Regulations for the medical services of the Army of India
Year: 1930
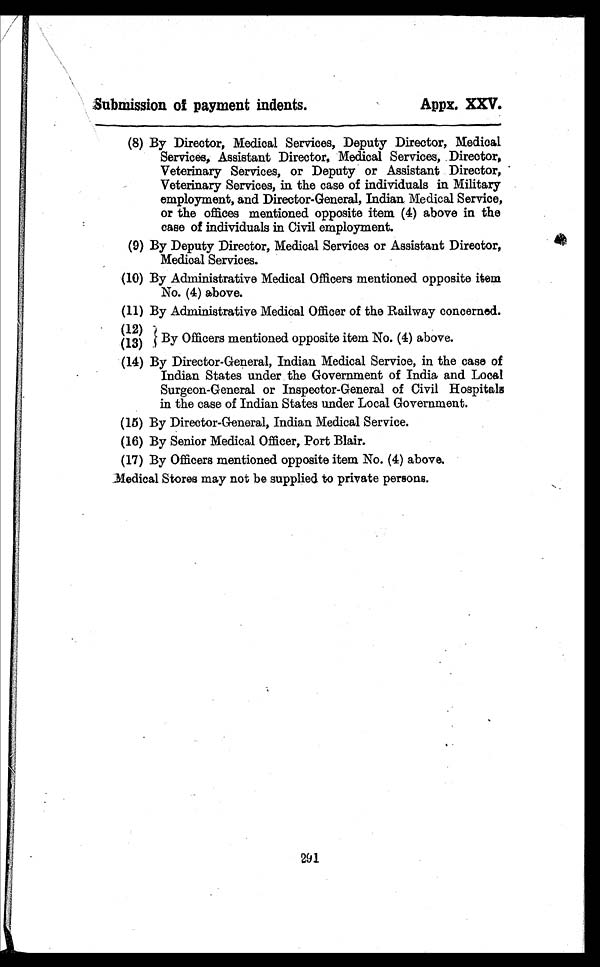
Submission of payment indents.
Appx. XXV.
(8) By Director, Medical Services, Deputy Director, Medical
Services, Assistant Director, Medical Services, Director,
Veterinary Services, or Deputy or Assistant Director,
Veterinary Services, in the case of individuals in Military
employment, and Director-General, Indian. Medical Service,
or the offices mentioned opposite item (4) above in the
case of individuals in Civil employment.
(9) By Deputy Director, Medical Services or Assistant Director,
Medical Services.
(10) By Administrative Medical Officers mentioned opposite item
No. (4) above.
(12) By Officers mentioned opposite item No. (4) above.
(13)
(14) By Director-General, Indian Medical Service, in the case of
Indian States under the Government of India and Local
Surgeon-General or Inspector-General of Civil Hospitals
in the case of Indian States under Local Government.
(15) By Director-General, Indian Medical Service.
(16) By Senior Medical Officer, Port Blair.
(17) By Officers mentioned opposite item No. (4) above.
Medical Stores may not be supplied to private persons.